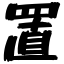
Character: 置